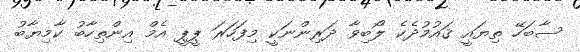
ސާބަހޭ ތިޔައީ ޤައުމުދެކެ ލޯބިވާ ދަރިންނަކީ މިފަހަރަ ޕީޕީ އެމް އިންތިހާބު ކާމިޔާބު